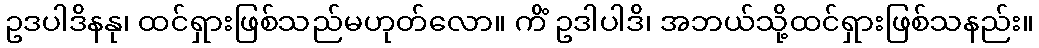
ဥဒပါဒိနနု၊ ထင်ရှားဖြစ်သည်မဟုတ်လော။ ကိံ ဥဒါပါဒိ၊ အဘယ်သို့ထင်ရှားဖြစ်သနည်း။